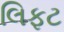
લિફટ